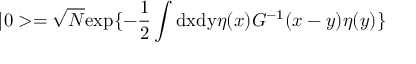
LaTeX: | 0 > = \sqrt N \mathrm { e x p } \{ - \frac { 1 } { 2 } \int \mathrm { d x d y } \eta ( x ) G ^ { - 1 } ( x - y ) \eta ( y ) \}